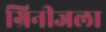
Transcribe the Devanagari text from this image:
ग्रिनीजला